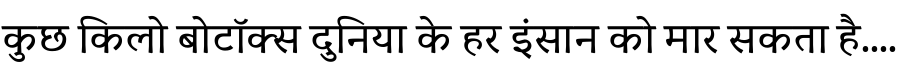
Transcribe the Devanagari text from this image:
कुछ किलो बोटॉक्स दुनिया के हर इंसान को मार सकता है....